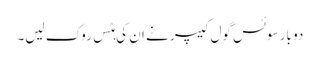
دو بار سوئس گول کیپر نے ان کی ہٹس روک لیں۔